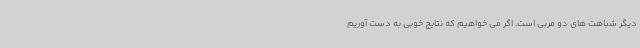
دیگر شباهت های دو مربی است. اگر می خواهیم که نتایج خوبی به دست آوریم